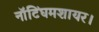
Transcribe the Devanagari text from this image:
नॉटिंघमशायर।